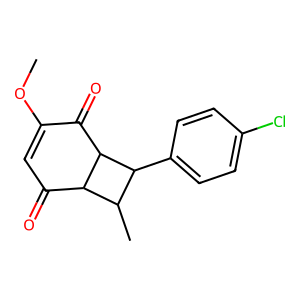
SMILES: COC1=CC(=O)C2C(C)C(c3ccc(Cl)cc3)C2C1=O
Inhibits HIV replication: No